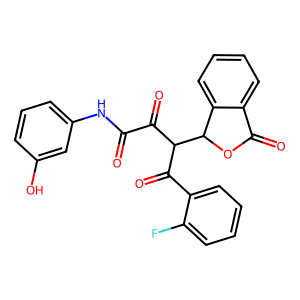
SMILES: O=C(Nc1cccc(O)c1)C(=O)C(C(=O)c1ccccc1F)C1OC(=O)c2ccccc21
Inhibits HIV replication: No